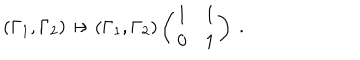
LaTeX: ( \Gamma _ { 1 } , \Gamma _ { 2 } ) \mapsto ( \Gamma _ { 1 } , \Gamma _ { 2 } ) \left( \begin{array} { c c } { { 1 } } & { { 1 } } \\ { { 0 } } & { { 1 } } \\ \end{array} \right) \ .